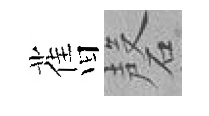
𦾔磬